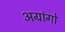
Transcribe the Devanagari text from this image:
अग्रांगो